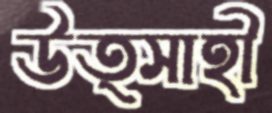
উত্সাহী